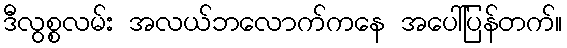
ဒီလွစ္စလမ်း အလယ်ဘလောက်ကနေ အပေါ်ပြန်တက်။